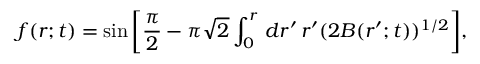
f ( r ; t ) = \sin \bigg [ \frac { \pi } { 2 } - \pi \sqrt { 2 } \int _ { 0 } ^ { r } \, d r ^ { \prime } \, r ^ { \prime } ( 2 B ( r ^ { \prime } ; t ) ) ^ { 1 / 2 } \bigg ] ,